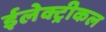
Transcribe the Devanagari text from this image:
ईलेक्ट्रीकल